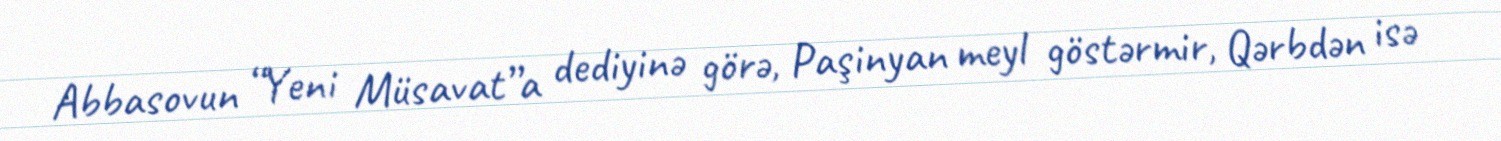
Abbasovun “Yeni Müsavat”a dediyinə görə, Paşinyan meyl göstərmir, Qərbdən isə